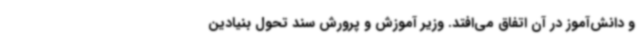
و دانش‌آموز در آن اتفاق می‌افتد. وزیر آموزش‌ و پرورش سند تحول بنیادین